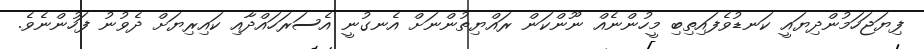
ފިޔަޖަހަމުންދިޔައީ ކަނޑުވެފައިތިބި މީހުންނެއް ނޫންކަން ރައްޔިތުންނަށް އެނގުނީ އެސަރަހައްދާއި ކައިރިޔަށް ދެވުނު ފަހުންނެވެ.